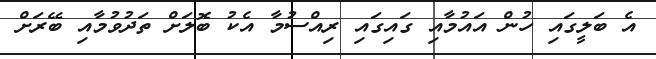
އެ ބަލީގައި ހުން އައުމާއި ގައިގައި ރިއްސުމާ އެކު ބޮލަށް ތަދުވުމާއި ބޭރަށް